Medical and sanitary report of the native army of Madras for the year
Year: 1875
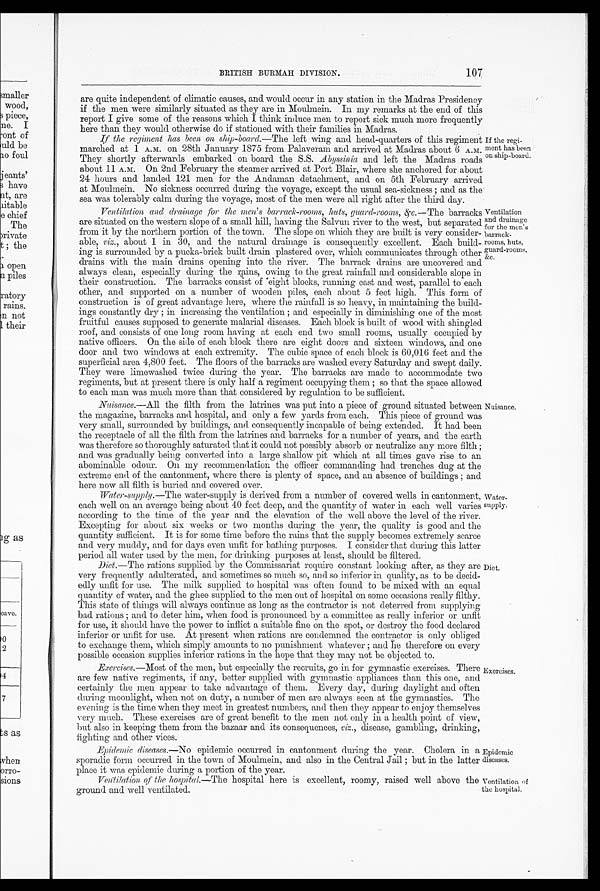
Epidemic
diseases.
Ventilation of
the hospital.
107
BRITISH BURMAH DIVISION.
are quite independent of climatic causes, and would occur in any station in the Madras Presidency
if the men were similarly situated as they are in Moulmein. In my remarks at the end of this
report I give some of the reasons which I think induce men to report sick much more frequently
here than they would otherwise do if stationed with their families in Madras.
If the regiment has been on ship-board .—The left wing and head-quarters of this regiment
marched at 1 A.M. on 28th January 1875 from Palaveram and arrived at Madras about 6 A.M.
They shortly afterwards embarked on board the S.S. Abyssinia and left the Madras roads
about 11 A.M. On 2nd February the steamer arrived at Port Blair, where she anchored for about
24 hours and landed 121 men for the Andaman detachment, and on 5th February arrived
at Moulmein. No sickness occurred during the voyage, except the usual sea-sickness; and as the
sea was tolerably calm during the voyage, most of the men were all right after the third day.
Ventilation and drainage for the men's barrack-rooms, huts, guard-rooms, &c .—The barracks
are situated on the western slope of a small hill, having the Salvun river to the west, but separated
from it by the northern portion of the town. The slope on which they are built is very consider
-able, viz ., about 1 in 30, and the natural drainage is consequently excellent. Each build
-ing is surrounded by a pucka-brick built drain plastered over, which communicates through other
drains with the main drains opening into the river. The barrack drains are uncovered and
always clean, especially during the rains, owing to the great rainfall and considerable slope in
their construction. The barracks consist of eight blocks, running east and west, parallel to each
other, and supported on a number of wooden piles, each about 5 feet high. This form of
construction is of great advantage here, where the rainfall is so heavy, in maintaining the build
-ings constantly dry; in increasing the ventilation; and especially in diminishing one of the most
fruitful causes supposed to generate malarial diseases. Each block is built of wood with shingled
roof, and consists of one long room having at each end two small rooms, usually occupied by
native officers. On the side of each block there are eight doors and sixteen windows, and one
door and two windows at each extremity. The cubic space of each block is 60,016 feet and the
superficial area 4,800 feet. The floors of the barracks are washed every Saturday and swept daily.
They were limewashed twice during the year. The barracks are made to accommodate two
regiments, but at present there is only half a regiment occupying them; so that the space allowed
to each man was much more than that considered by regulation to be sufficient.
Nuisance .—All the filth from the latrines was put into a piece of ground situated between
the magazine, barracks and hospital, and only a few yards from each. This piece of ground was
very small, surrounded by buildings, and consequently incapable of being extended. It had been
the receptacle of all the filth from the latrines and barracks for a number of years, and the earth
was therefore so thoroughly saturated that it could not possibly absorb or neutralize any more filth;
and was gradually being converted into a large shallow pit which at all times gave rise to an
abominable odour. On my recommendation the officer commanding had trenches dug at the
extreme end of the cantonment, where there is plenty of space, and an absence of buildings; and
here now all filth is buried and covered over.
Water-supply .—The water-supply is derived from a number of covered wells in cantonment,
each well on an average being about 40 feet deep, and the quantity of water in each well varies
according to the time of the year and the elevation of the well above the level of the river.
Excepting for about six weeks or two months during the year, the quality is good and the
quantity sufficient. It is for some time before the rains that the supply becomes extremely scarce
and very muddy, and for days even unfit for bathing purposes. I consider that during this latter
period all water used by the men, for drinking purposes at least, should be filtered.
Diet .—The rations supplied by the Commissariat require constant looking after, as they are
very frequently adulterated, and sometimes so much so, and so inferior in quality, as to be decid
-edly unfit for use. The milk supplied to hospital was often found to be mixed with an equal
quantity of water, and the ghee supplied to time men out of hospital on some occasions really filthy.
This state of things will always continue as long as the contractor is not deterred from supplying
bad rations; and to deter him, when food is pronounced by a committee as really inferior or unfit
for use, it should have the power to inflict a suitable fine on the spot, or destroy the food declared
inferior or unfit for use. At present when rations are condemned the contractor is only obliged
to exchange them, which simply amounts to no punishment whatever; and he therefore on every
possible occasion supplies inferior rations in the hope that they may not be objected to.
If the regi
-ment has been
on ship-board.
Ventilation
and drainage
for the men's
barrack
-rooms, huts,
guard-rooms,
&c.
Nuisance.
Water
-supply.
Diet.
Exercises .—Most of the men, but especially the recruits, go in for gymnastic exercises. There
are few native regiments, if any, better supplied with gymnastic appliances than this one, and
certainly the men appear to take advantage of them. Every day, during daylight and often
during moonlight, when not on duty, a number of men are always seen at the gymnastics. The
evening is the time when they meet in greatest numbers, and then they appear to enjoy themselves
very much. These exercises are of great benefit to the men not only in a health point of view,
but also in keeping them from the bazaar and its consequences, viz ., disease, gambling, drinking,
fighting and other vices.
Epidemic diseases .—No epidemic occurred in cantonment during the year. Cholera in a
sporadic form occurred in the town of Moulmein, and also in the Central Jail; but in the latter
place it was epidemic during a portion of the year.
Ventilation of the hospital.—The hospital here is excellent, roomy, raised well above the
ground and well ventilated.
Exercises.